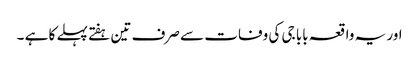
اور یہ واقعہ بابا جی کی وفات سے صرف تین ہفتے پہلے کا ہے ۔